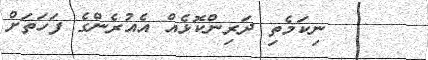
ނިކަމެތި ދަރިންކޮޅެއް އެއުރެންގެ ފަހަތަށް